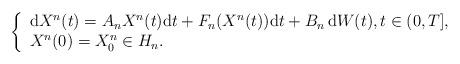
LaTeX: \begin{align*} \left\{ \begin{array}{ll} \mbox{d} X^n(t) = A_n X^n(t) \mbox{d}t + F_n(X^n(t)) \mbox{d}t + B_n \, \mbox{d}W(t), t \in (0, T], \\ X^n(0)= X^n_{0} \in H_n. \end{array}\right.\end{align*}